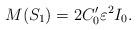
LaTeX: \begin{align*}M(S_1) = 2 C_0^{\prime} \varepsilon^2 I_0.\end{align*}